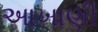
આખાણી